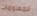
للمعلومات